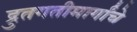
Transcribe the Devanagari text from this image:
द्रुतगतीमार्गांचे